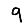
Digit: 9